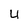
Character: 4